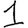
Digit: 1